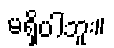
မရှိပါဘူး။